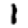
Digit: 1